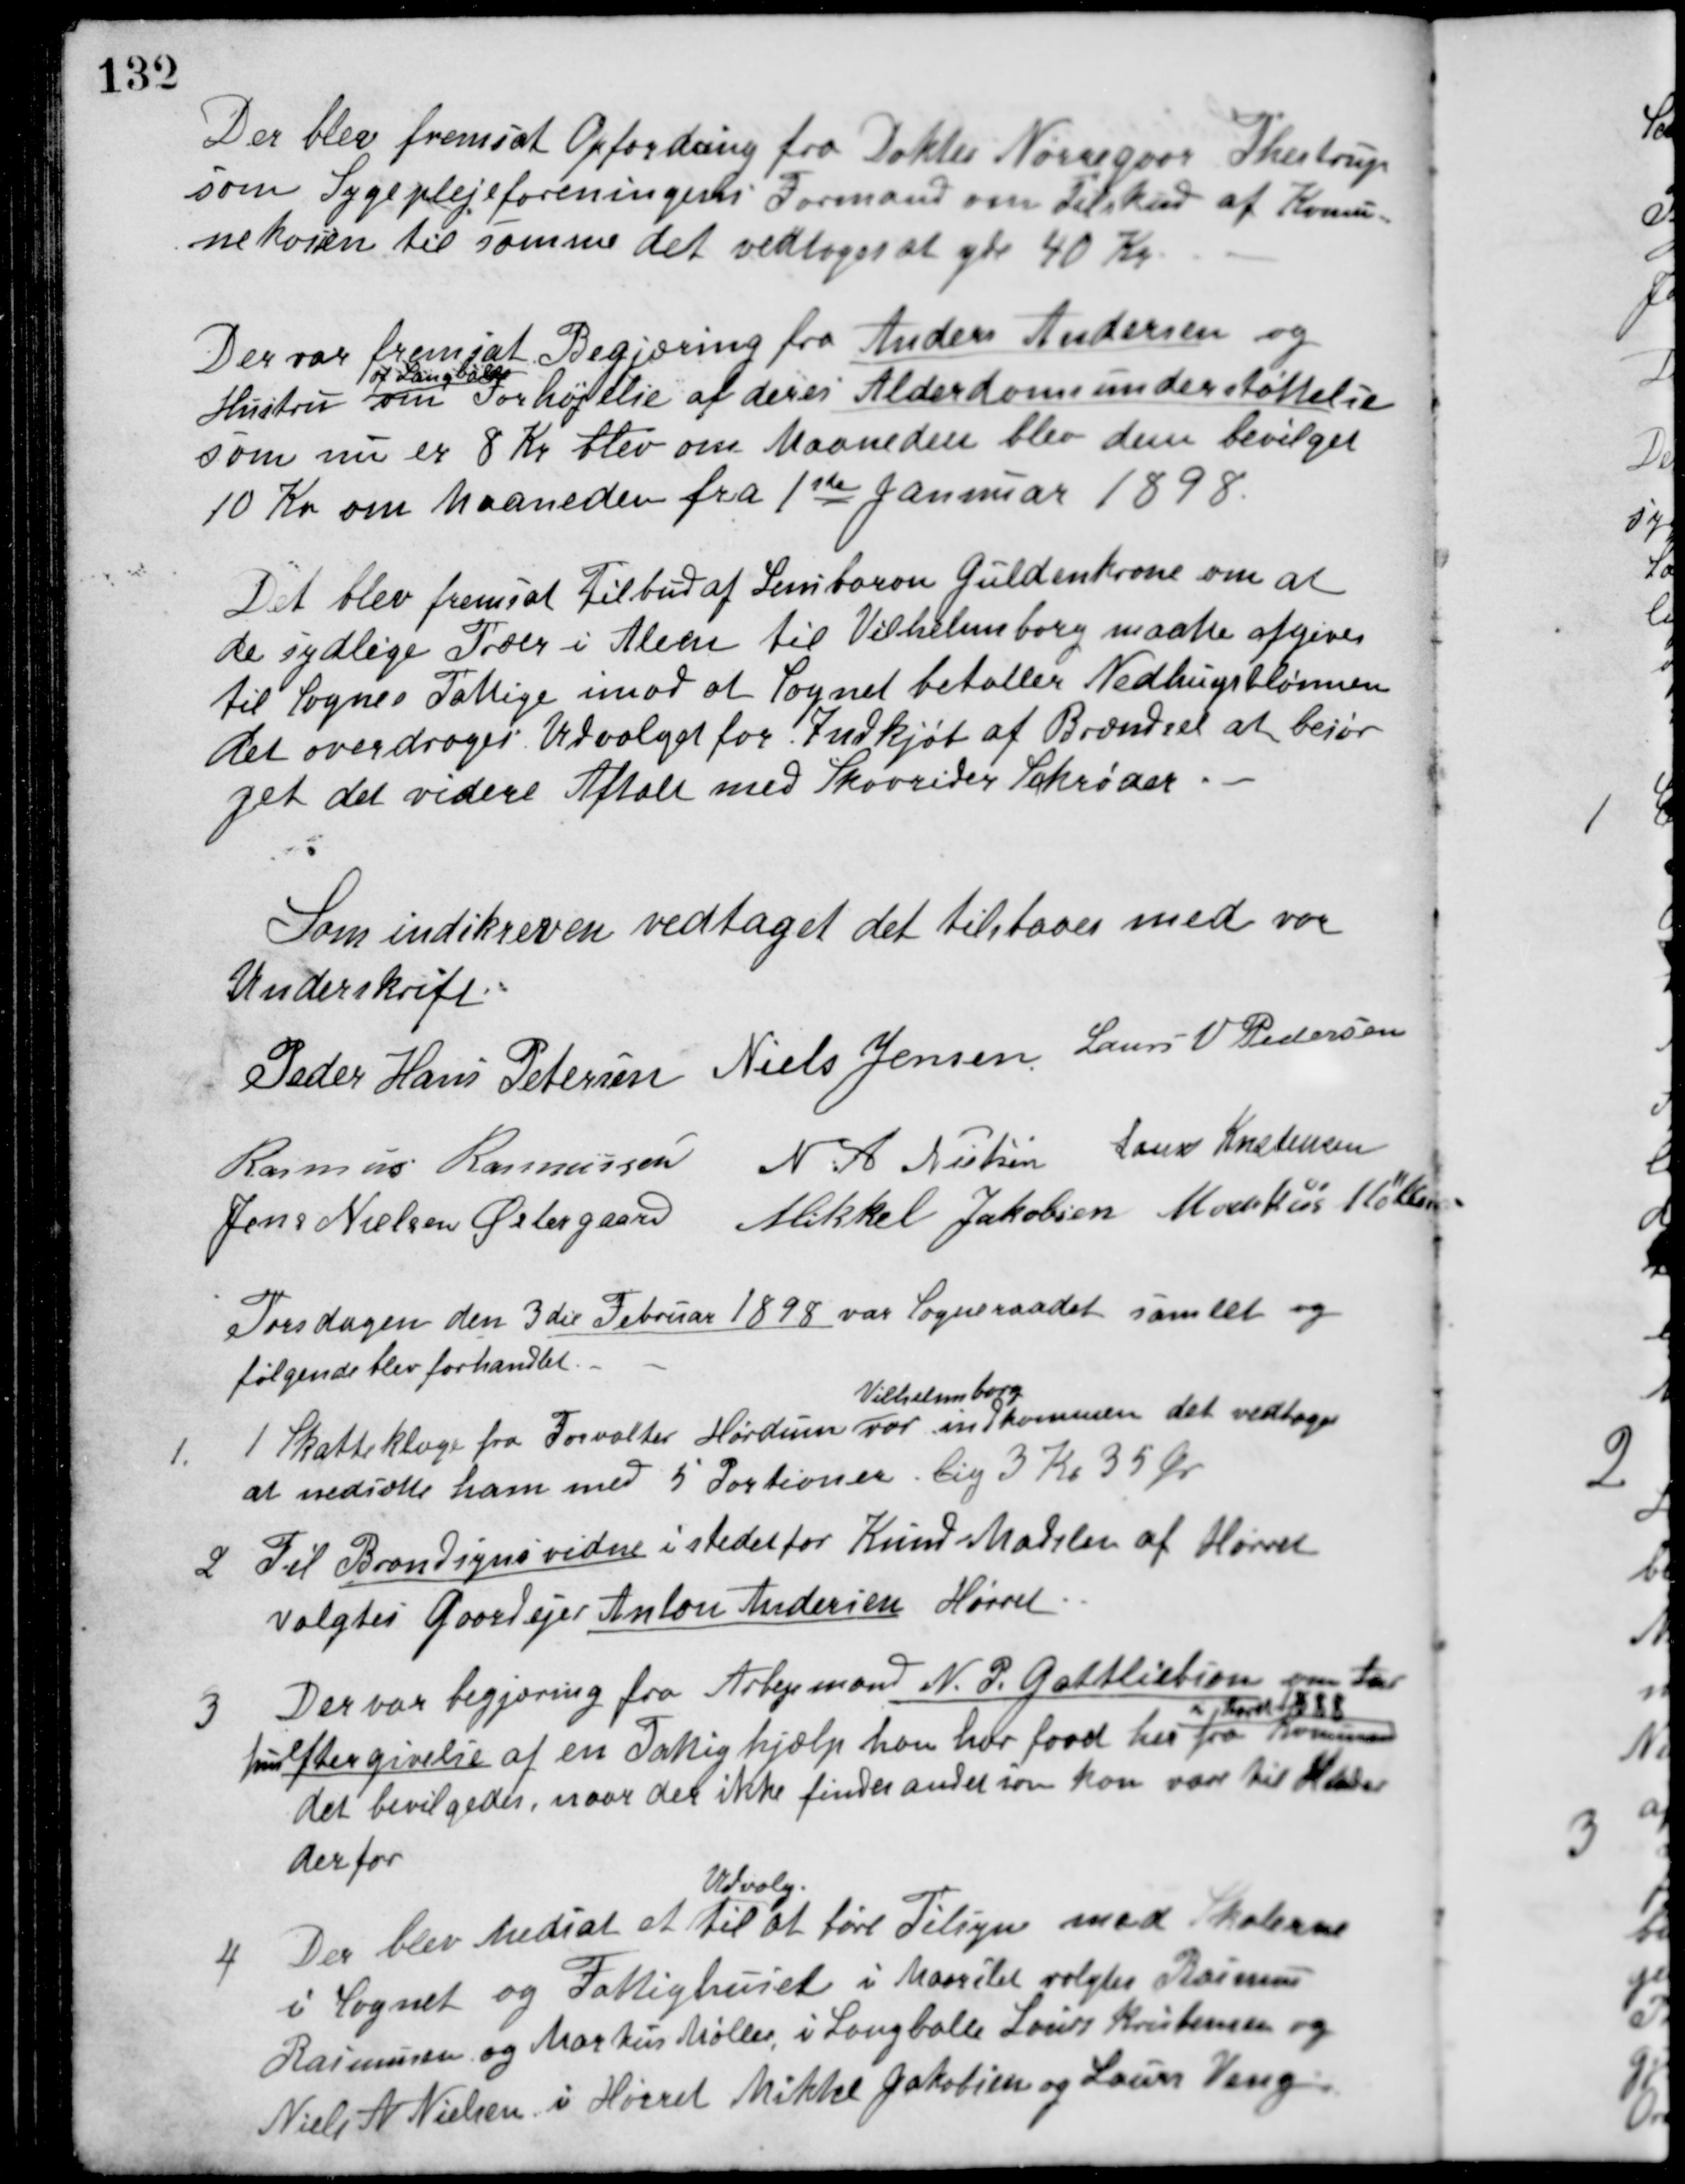
Transskription:
Der blev fremsat Opfordring fra Doktor Nørregaar Thestrup
som Sygeplejeforeningens Formand om Tilskud af Komu-
nekassen til samme det vedtoges at yde 40 Kr
Der var fremsat Begjæring fra Anders Andersen og
Hustru
af Langballe
om Forhøjelse af deres Alderdomsunderstøttelse
som nu er 8 Kr blev om Maaneden blev dem bevilget
10 Kr om Maaneden fra 1ste Januar 1898.
Det blev fremsat Tilbud af Lensbaron Güldenkrone om at
de sydlige Træer i Aleen til Vilhelmsborg maatte afgives
til Sognes Fattige imod at Sognet betaller Nedhugstlønnen
Det overdroges Udvalget for Indkjøb af Brændsel at besør-
get det videre Aftale med Skovrider Schrøder.
Som indskreven vedtaget det tilstaaes med vor
Underskrift.
Peder Hans Petersen Niels Jensen Laurs V. Pedersen
Rasmus Rasmussen N. A. Nielsen Laurs Kristensen
Jens Nielsen Østergaard Mikkel Jakobsen Markus Møller
Torsdagen den 3die Februar 1898 var Sogneraadet samlet og
følgende blev forhandlet.
1 1 Skatteklage fra Forvalter Hørdum
Vilhelmsborg
var indkommen det vedtoges
at nedsætte ham med 5 Portioner, lig 3 Kr 35 Øre
2. Til Brandsynsvidne i stedet for Kund Madslen af Hørret
valgtes Gaardejer Anton Andersen Hørret.
3. Der var begjæring fra Arbejdsmand N. P. Gottliebsen om for
hans eftergivelse af en Fattighjælp han har faaet her
i Aaret 1888
fra Kommunen
det bevilgedes, naar der ikke findes andet som kan være til Hinder
derfor.
4. Der blev nedsat et
Udvalg.
til at føre Tilsyn med Skolerne
i Sognet og Fattighuset, i Maarslet valgtes Rasmus
Rasmussen og Markus Møller, i Langballe Laurs Kristensen og
Niels A. Nielsen, i Hørret Mikkel Jakobsen og Laurs Veng.